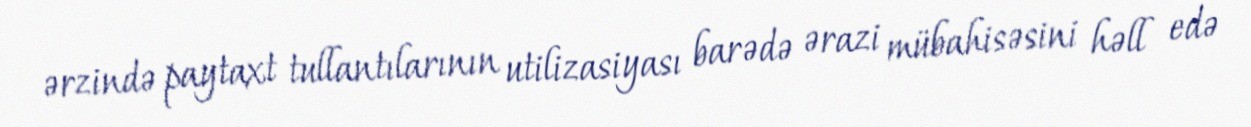
ərzində paytaxt tullantılarının utilizasiyası barədə ərazi mübahisəsini həll edə